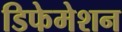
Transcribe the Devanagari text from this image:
डिफेमेशन